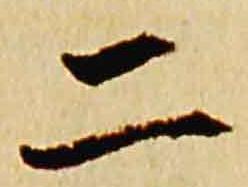
二